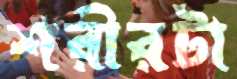
শরীরটা